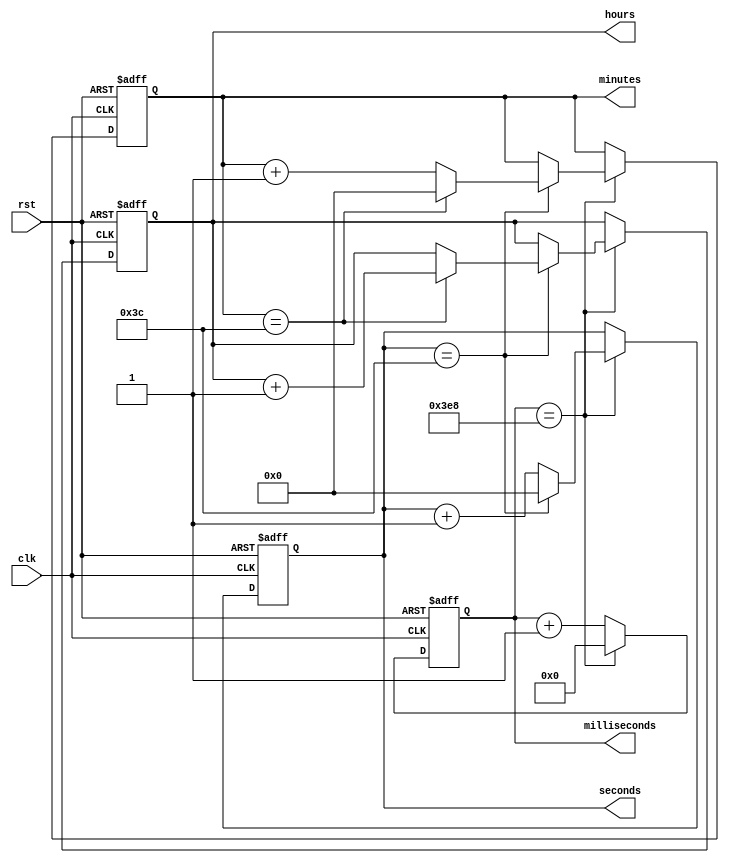
module RTC_timer (
    input wire clk,
    input wire rst,
    output reg [3:0] hours,
    output reg [5:0] minutes,
    output reg [5:0] seconds,
    output reg [9:0] milliseconds
);

reg [3:0] hours_reg;
reg [5:0] minutes_reg;
reg [5:0] seconds_reg;
reg [9:0] milliseconds_reg;

always @(posedge clk or posedge rst) begin
    if (rst) begin
        hours_reg <= 4'b0;
        minutes_reg <= 6'b0;
        seconds_reg <= 6'b0;
        milliseconds_reg <= 10'b0;
    end else begin
        milliseconds_reg <= milliseconds_reg + 1;

        if (milliseconds_reg == 1000) begin
            milliseconds_reg <= 10'b0;
            seconds_reg <= seconds_reg + 1;

            if (seconds_reg == 60) begin
                seconds_reg <= 6'b0;
                minutes_reg <= minutes_reg + 1;

                if (minutes_reg == 60) begin
                    minutes_reg <= 6'b0;
                    hours_reg <= hours_reg + 1;

                    if (hours_reg == 24) begin
                        hours_reg <= 4'b0;
                    end
                end
            end
        end
    end
end

assign hours = hours_reg;
assign minutes = minutes_reg;
assign seconds = seconds_reg;
assign milliseconds = milliseconds_reg;

endmodule